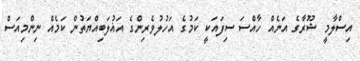
އިސްލާމީ ޝޫރާގެ އަނެއް ހާއްސަ ސިފައަކީ ކަމުގެ އަހުލުވެރިންގެ އަޣުލަބިއްޔަތުން ކަމެއް ނިންމިއަސް